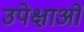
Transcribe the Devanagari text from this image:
उपेक्षाअों